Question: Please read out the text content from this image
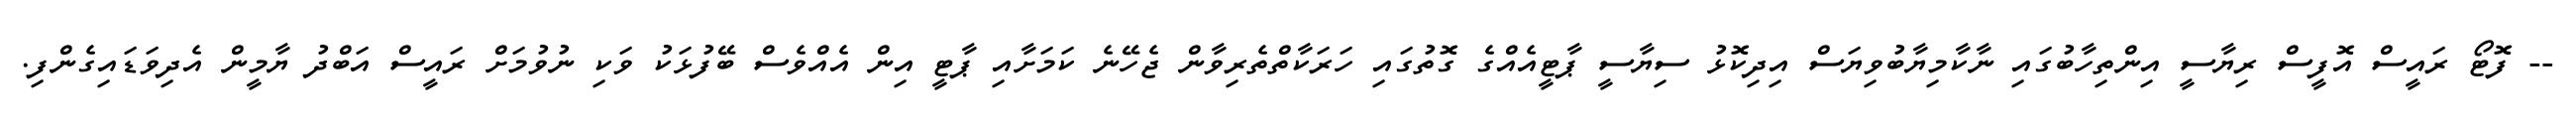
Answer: -- ފޮޓޯ ރައީސް އޮފީސް ރިޔާސީ އިންތިހާބުގައި ނާކާމިޔާބުވިޔަސް އިދިކޮޅު ސިޔާސީ ޕާޓީއެއްގެ ގޮތުގައި ހަރަކާތްތެރިވާން ޖެހޭނެ ކަމަށާއި ޕާޓީ އިން އެއްވެސް ބޭފުޅަކު ވަކި ނުވުމަށް ރައީސް އަބްދު ޔާމީން އެދިވަޑައިގެންފި.